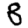
Digit: 8